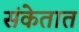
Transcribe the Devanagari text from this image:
संकेतात